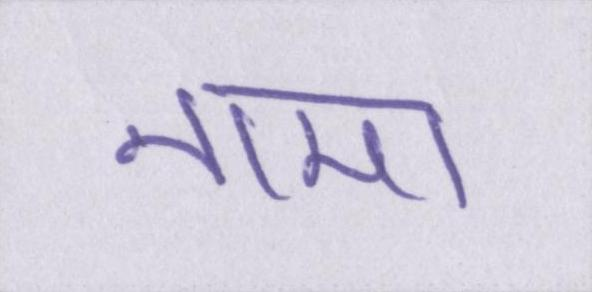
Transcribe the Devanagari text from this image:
नामा